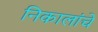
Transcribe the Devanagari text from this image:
निकालांचे